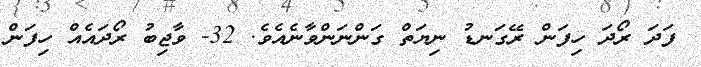
ފަދަ ރޯދަ ހިފަން ރޭގަނޑު ނިޔަތް ގަންނަންވާނެއެވެ. 32- ވާޖިބު ރޯދައެއް ހިފަން